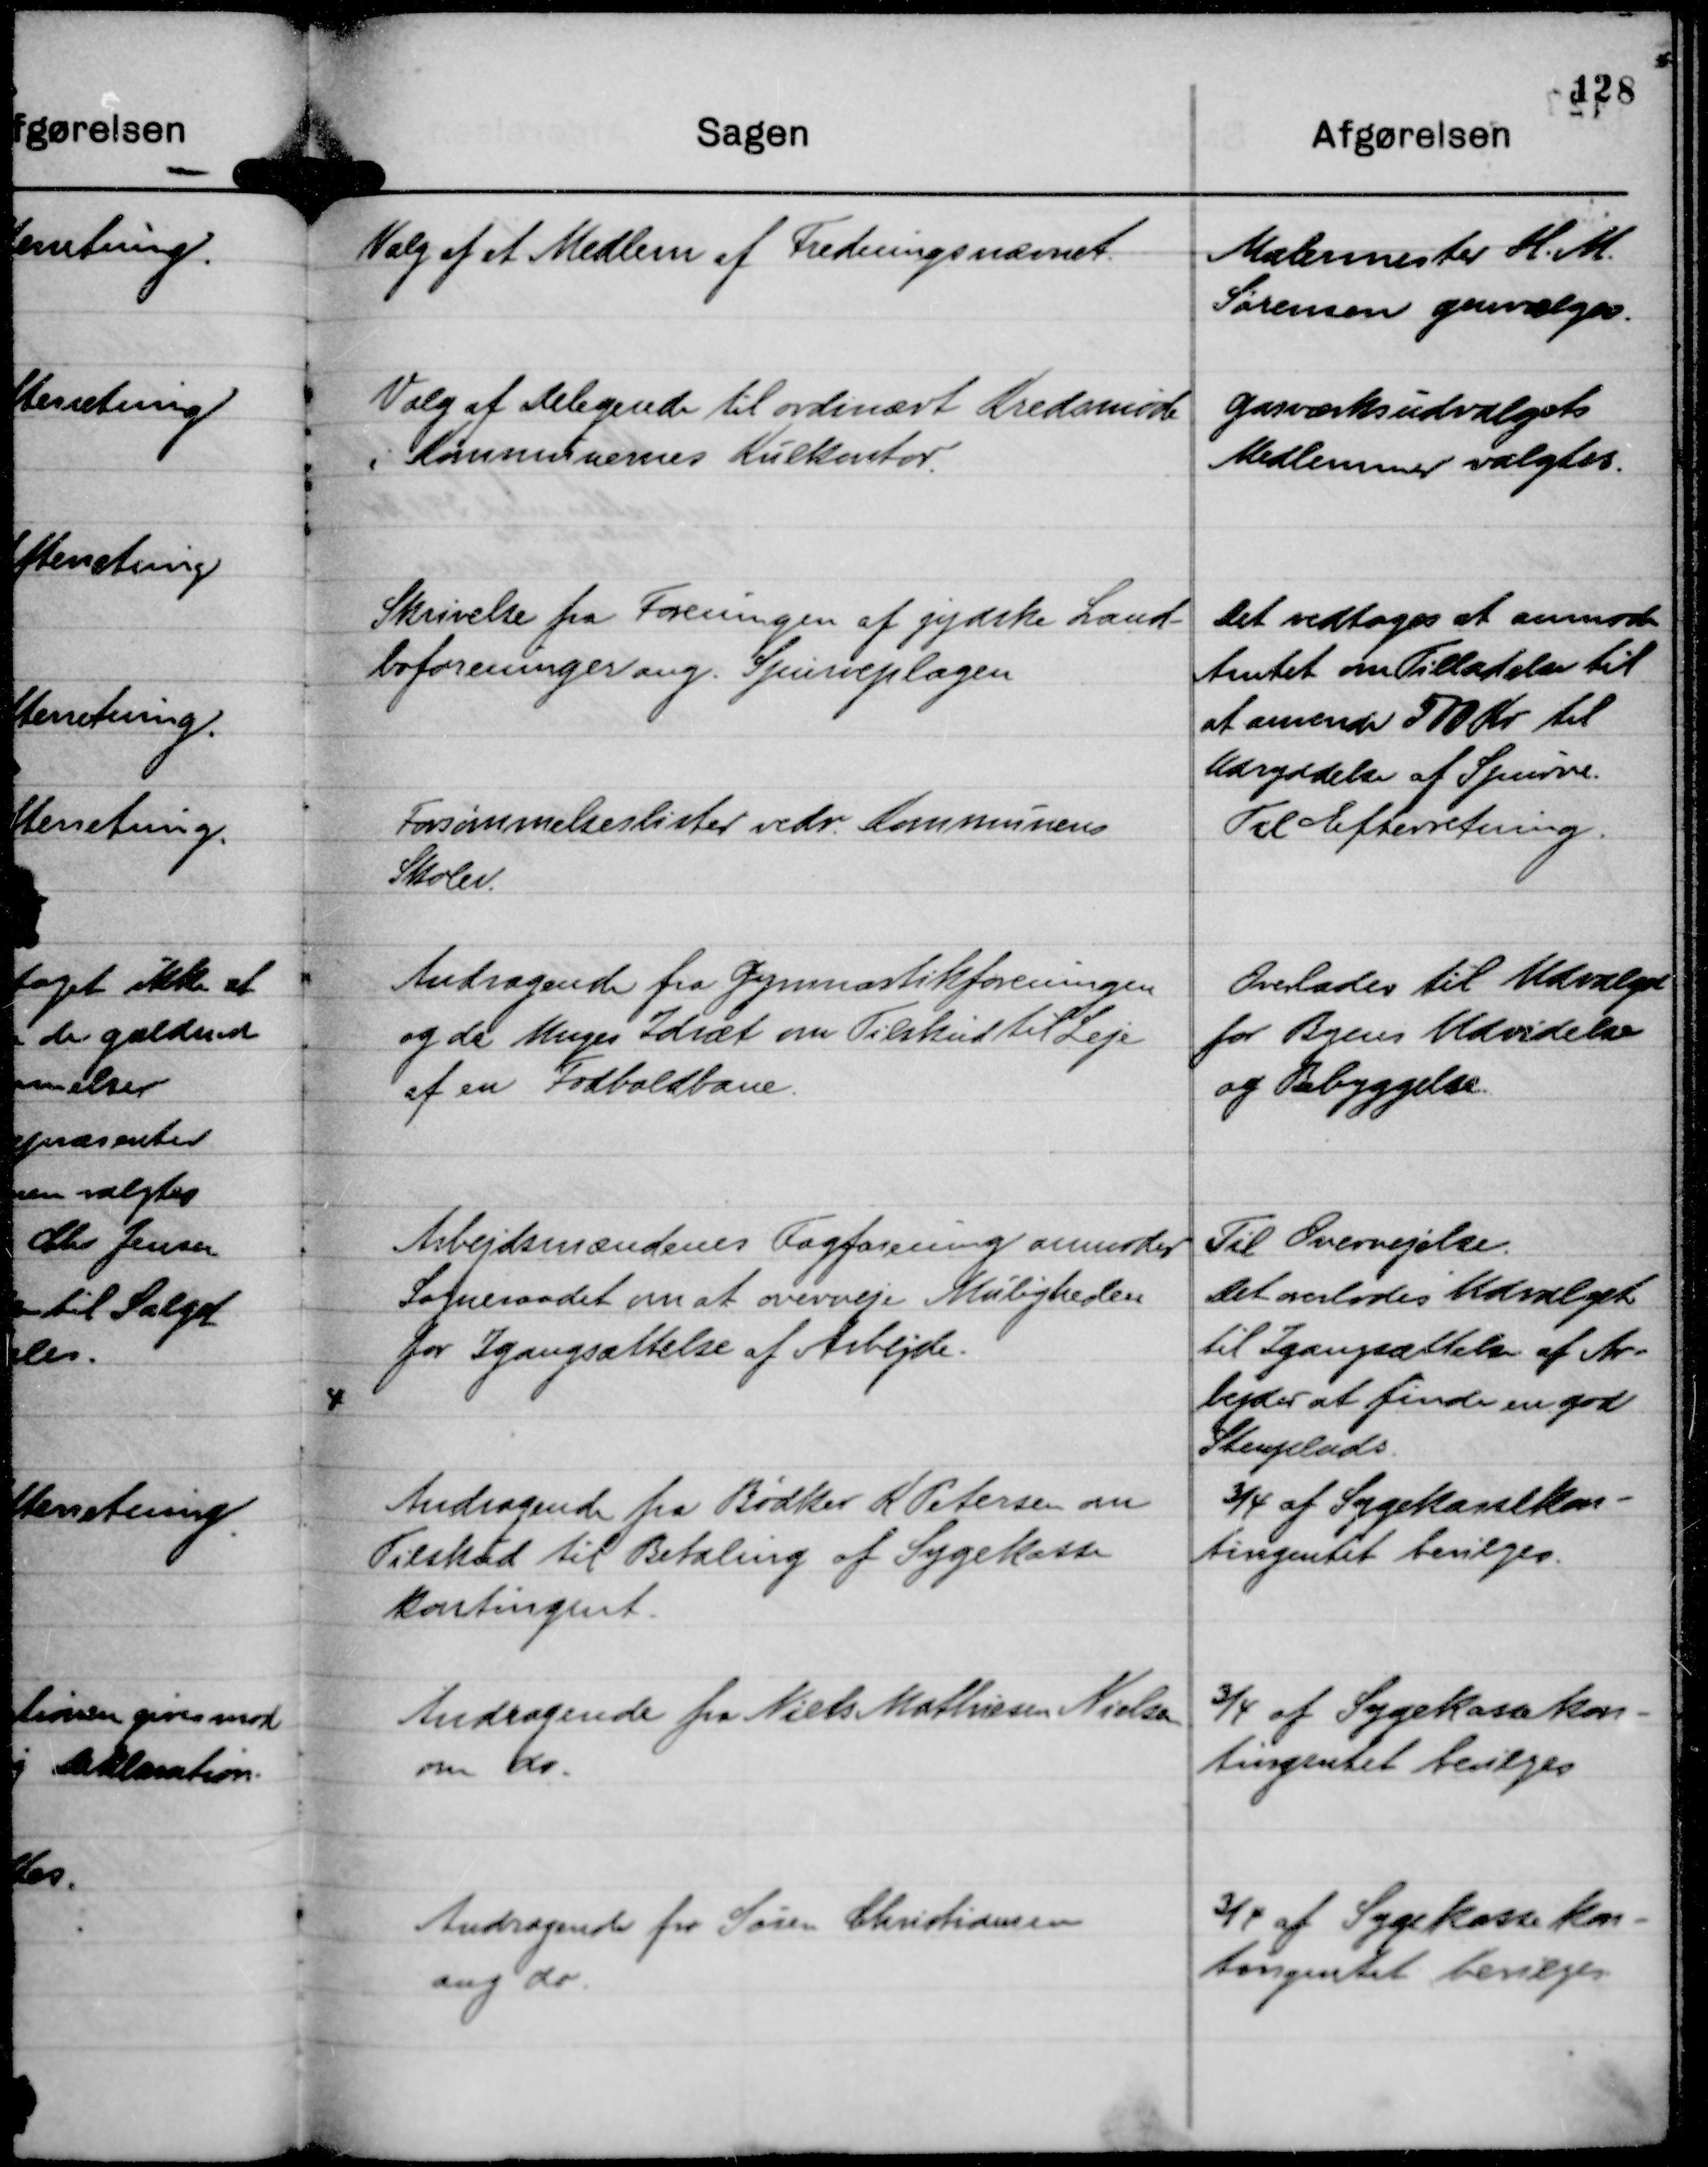
Transskription:
Valg af et Medlem af Fredningsnævnet

Malermester H. M.
Sørensen genvælges.

Valg af delegerede til ordinært Kredsmøde
i Kommunernes Kulkontor

Gasværksudvalgets
Medlemmer valgtes.

Skrivelse fra Foreningen af jydske Land-
boforeninger ang. Spurveplagen

Det vedtoges at anmode
Amtet om Tilladelse til
at anvende 500 Kr til
Udryddelse af Spurve.

Forsømmelseslister vedr. Kommunens
Skoler.

Til Efterretning.

Andragende fra Gymnastikforeningen
og de Unges Idræt om Tilskud til Leje
af en Fodboldbane.

Overlades til Udvalget
for Byens Udvidelse
og Bebyggelse.

Arbejdsmændenes Fagforening anmoder
Sogneraadet om at overveje Muligheden
for Igangsættelse af Arbejde.

Til Overvejelse.
Det overlodes Udvalget
til Igangsættelse af Ar-
bejder at finde en god
Stenplads.

Andragende fra Bødker K Petersen om
Tilskud til Betaling af Sygekasse
kontingent.

¾ af Sygekassekon-
tingentet bevilges.

Andragende fra Niels Mathiesen Nielsen
om do.

¾ af Sygekassekon-
tingentet bevilges

Andragende fra Søren Christiansen
ang do.

¾ af Sygekassekon-
tingentet bevilges.